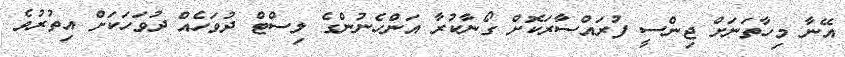
އޭނާ މިހާތަނަށް ޖިންސީ ފުރައްސާރަކޮށް ގޯނާކުރާ އަންހެނުންގެ ލިސްޓް ދުވަހެއް ދުވަހަކަށް އިތުރުވެ